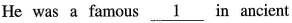
He was a famous\underline{ 1 } in ancient